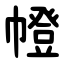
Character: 㡠